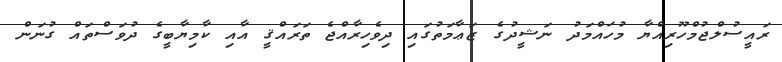
ރައީސުލްޖުމްހޫރިއްޔާ މުހައްމަދު ނަޝީދުގެ ޒަޢާމަތުގައި ދިވެހިރާއްޖެ ތަރައްޤީ އާއި ކާމިޔާބީގެ ދުވަސްތައް ގުނަން